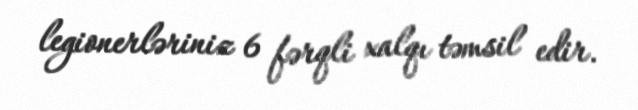
legionerləriniz 6 fərqli xalqı təmsil edir.